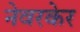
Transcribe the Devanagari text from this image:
नेवरकेर